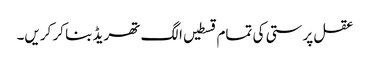
عقل پرستی کی تمام قسطیں الگ تھریڈ بنا کر کریں۔